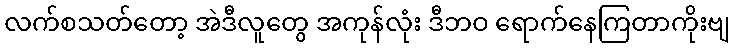
လက်စသတ်တော့ အဲဒီလူတွေ အကုန်လုံး ဒီဘဝ ရောက်နေကြတာကိုးဗျ